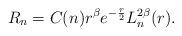
LaTeX: \begin{align*}R_{n}=C(n)r^{\beta}e^{-\frac{r}{2}}L_{n}^{2\beta}(r).\end{align*}